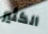
الكثير